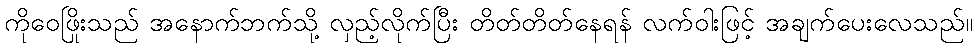
ကိုဝေဖြိုးသည် အနောက်ဘက်သို့ လှည့်လိုက်ပြီး တိတ်တိတ်နေရန် လက်ဝါးဖြင့် အချက်ပေးလေသည်။